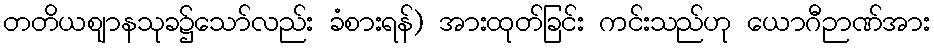
တတိယဈာနသုခ၌သော်လည်း ခံစားရန်) အားထုတ်ခြင်း ကင်းသည်ဟု ယောဂီဉာဏ်အား